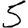
Digit: 5